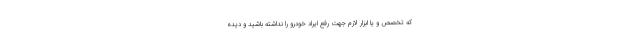
که تخصص و یا ابزار لازم جهت رفع ایراد خودرو را نداشته باشید و دیده